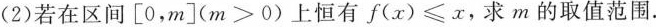
(2)若在区间[0，m]($$m > 0$$)上恒有$$f ( x ) ≤ x$$，求m的取值范围。